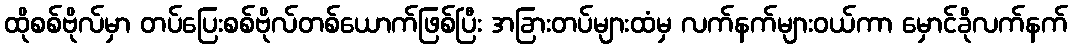
ထိုစစ်ဗိုလ်မှာ တပ်ပြေးစစ်ဗိုလ်တစ်ယောက်ဖြစ်ပြီး အခြားတပ်များထံမှ လက်နက်များဝယ်ကာ မှောင်ခိုလက်နက်